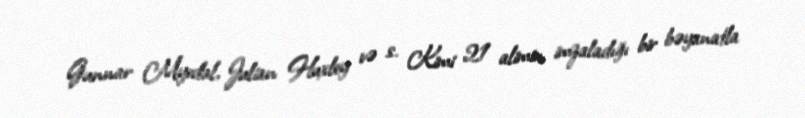
Gunnar Myrdal, Julian Huxley və s. Kimi 21 alimin imzaladığı bir bəyanatla